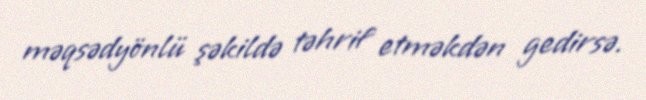
məqsədyönlü şəkildə təhrif etməkdən gedirsə.